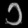
Digit: ၁